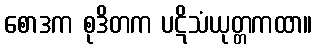
စောဒက စုဒိတက ပဋိသံယုတ္တကထာ။